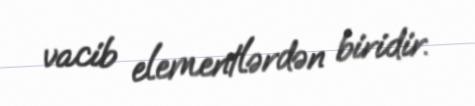
vacib elementlərdən biridir.